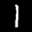
Label: 1